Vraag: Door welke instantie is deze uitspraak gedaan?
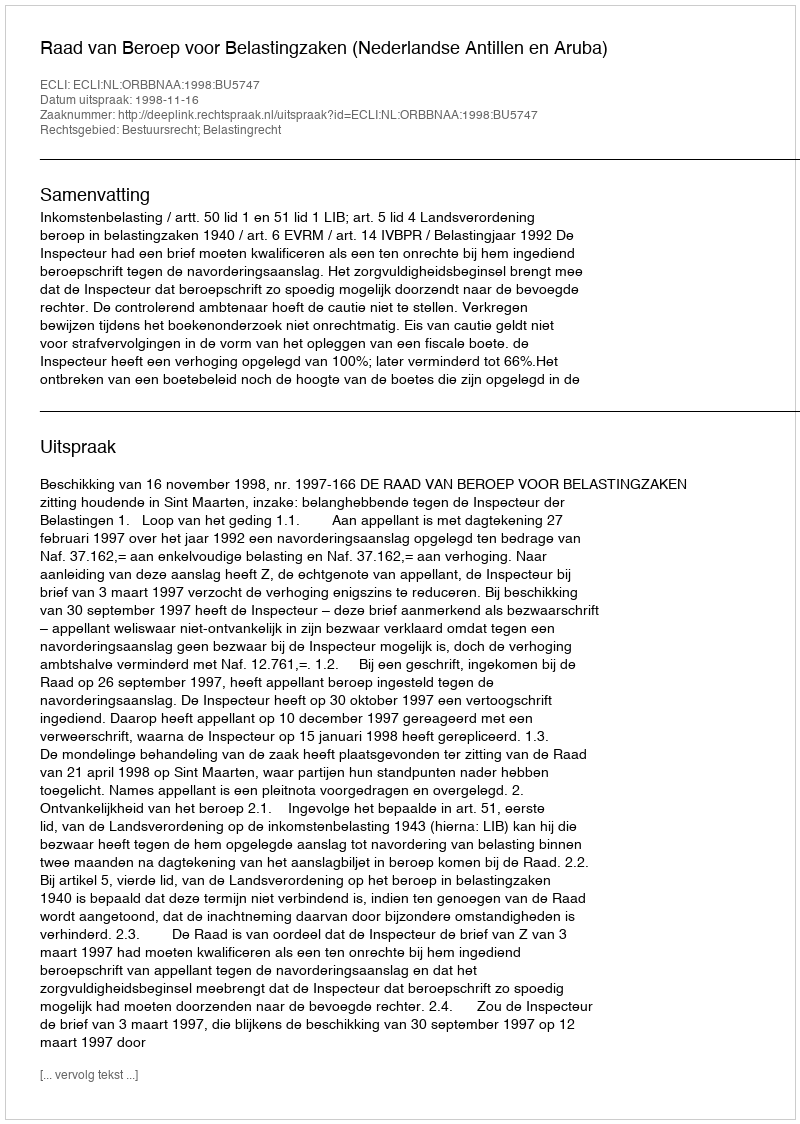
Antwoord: Raad van Beroep voor Belastingzaken (Nederlandse Antillen en Aruba)